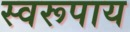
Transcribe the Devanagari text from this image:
स्वरूपाय